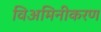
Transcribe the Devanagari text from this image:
विअमिनीकरण